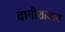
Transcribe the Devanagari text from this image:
वागीशायस्य